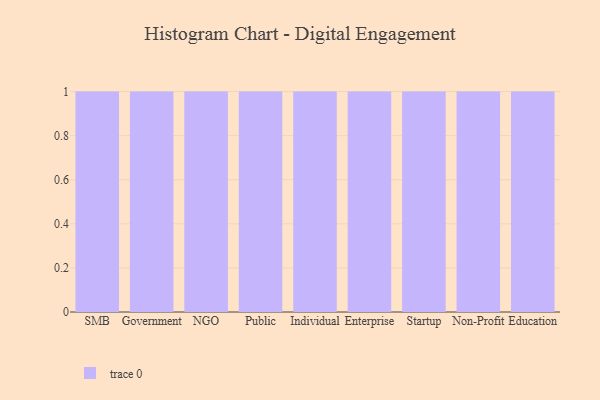
{"axis": {"x": "Segment", "y": "Temperature (°C)"}, "legend": [""], "data": [{"x": "SMB", "y": 13, "type": ""}, {"x": "Government", "y": 84, "type": ""}, {"x": "NGO", "y": 20, "type": ""}, {"x": "Public", "y": 59, "type": ""}, {"x": "Individual", "y": 43, "type": ""}, {"x": "Enterprise", "y": 17, "type": ""}, {"x": "Startup", "y": 3, "type": ""}, {"x": "Non-Profit", "y": 92, "type": ""}, {"x": "Education", "y": 54, "type": ""}]}